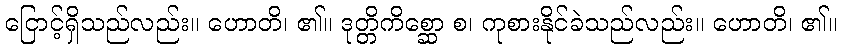
ငြောင့်ရှိသည်လည်း။ ဟောတိ၊ ၏။ ဒုတ္တိကိစ္ဆော စ၊ ကုစားနိုင်ခဲသည်လည်း။ ဟောတိ၊ ၏။